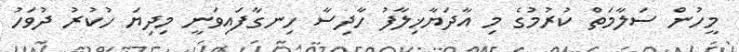
މީހުން ސަލާމަތް ކުރުމުގެ މި އާދަޔާޚިލާފު ހާދިސާ ހިނގާފައިވަނީ މިދިޔަ ހުކުރު ދުވަހު